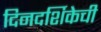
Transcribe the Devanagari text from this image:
दिनदर्शिकेची